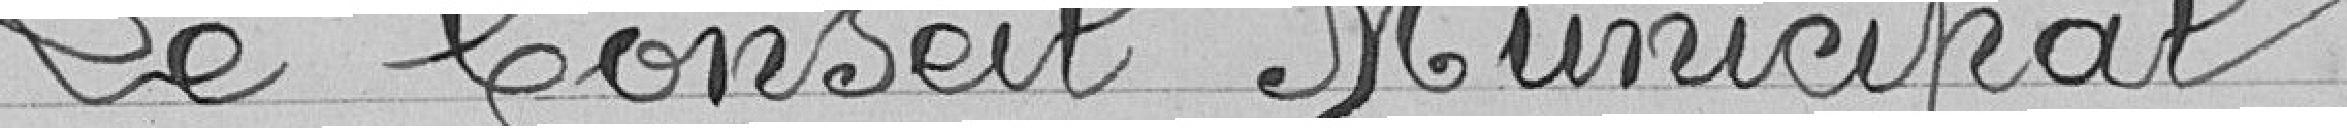
Le Conseil Municipal,